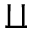
\amalg